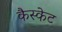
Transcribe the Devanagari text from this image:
कैस्केट